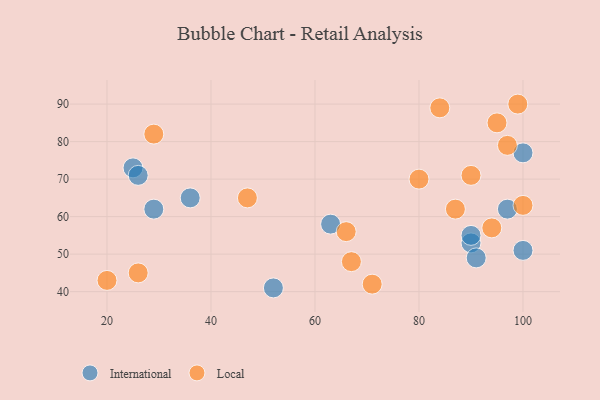
{"axis": {"x": "GDP", "y": "Life Expectancy"}, "legend": ["International", "Local"], "data": [{"x": "25", "y": 73, "type": "International"}, {"x": "90", "y": 53, "type": "International"}, {"x": "100", "y": 77, "type": "International"}, {"x": "52", "y": 41, "type": "International"}, {"x": "90", "y": 55, "type": "International"}, {"x": "91", "y": 49, "type": "International"}, {"x": "29", "y": 62, "type": "International"}, {"x": "26", "y": 71, "type": "International"}, {"x": "36", "y": 65, "type": "International"}, {"x": "100", "y": 51, "type": "International"}, {"x": "63", "y": 58, "type": "International"}, {"x": "97", "y": 62, "type": "International"}, {"x": "67", "y": 48, "type": "Local"}, {"x": "29", "y": 82, "type": "Local"}, {"x": "71", "y": 42, "type": "Local"}, {"x": "66", "y": 56, "type": "Local"}, {"x": "47", "y": 65, "type": "Local"}, {"x": "80", "y": 70, "type": "Local"}, {"x": "87", "y": 62, "type": "Local"}, {"x": "90", "y": 71, "type": "Local"}, {"x": "97", "y": 79, "type": "Local"}, {"x": "95", "y": 85, "type": "Local"}, {"x": "20", "y": 43, "type": "Local"}, {"x": "100", "y": 63, "type": "Local"}, {"x": "26", "y": 45, "type": "Local"}, {"x": "94", "y": 57, "type": "Local"}, {"x": "99", "y": 90, "type": "Local"}, {"x": "84", "y": 89, "type": "Local"}]}